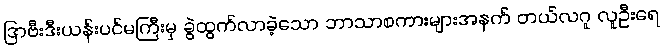
ဒြာဗီးဒီးယန်းပင်မကြီးမှ ခွဲထွက်လာခဲ့သော ဘာသာစကားများအနက် တယ်လဂူ လူဦးရေ